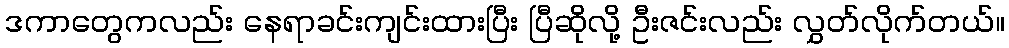
ဒကာတွေကလည်း နေရာခင်းကျင်းထားပြီး ပြီဆိုလို့ ဦးဇင်းလည်း လွှတ်လိုက်တယ်။